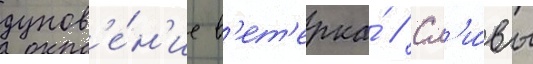
дунов'е́н'ие в'ет'ерка́ // Сл'и́вы